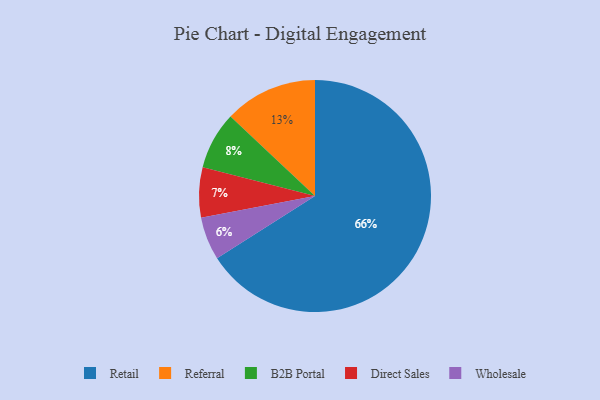
{"axis": {"x": "Category", "y": "Percentage"}, "legend": ["B2B Portal", "Direct Sales", "Referral", "Retail", "Wholesale"], "data": [{"x": "B2B Portal", "y": 8, "type": "B2B Portal"}, {"x": "Retail", "y": 66, "type": "Retail"}, {"x": "Referral", "y": 13, "type": "Referral"}, {"x": "Wholesale", "y": 6, "type": "Wholesale"}, {"x": "Direct Sales", "y": 7, "type": "Direct Sales"}]}